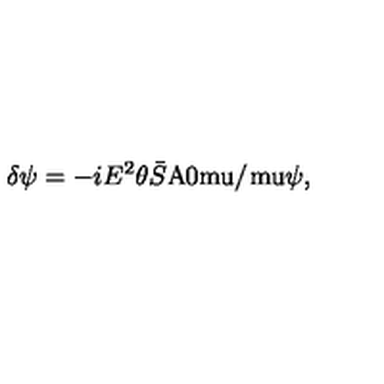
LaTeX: \delta \psi = - i E ^ { 2 } \theta \bar { S } { \mathrm { A \mkern - 1 0 m u / \mkern 1 m u } } \psi ,